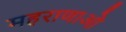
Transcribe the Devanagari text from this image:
महराणाओ